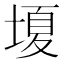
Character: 𡏘